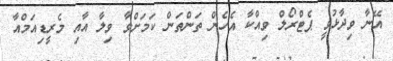
އޭނާ ވިދާޅުވީ ޕެޓްރޯލް ވިއްކާ އެހެން ތަންތަން ކަމަށްވާ ވިލާ އާއި މެރީޑިއަމްއާ